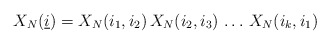
\begin{align*}X_{N}(\underline{i})=X_{N}(i_{1},i_{2})\,X_{N}(i_{2},i_{3})\,\ldots\,X_{N}(i_{k},i_{1}) \end{align*}